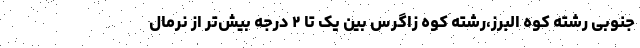
جنوبی رشته کوه البرز،رشته کوه زاگرس بین یک تا ۲ درجه بیش‌تر از نرمال